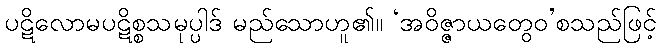
ပဋိလောမပဋိစ္စသမုပ္ပါဒ် မည်သောဟူ၏။ ‘အဝိဇ္ဇာယတွေဝ’စသည်ဖြင့်